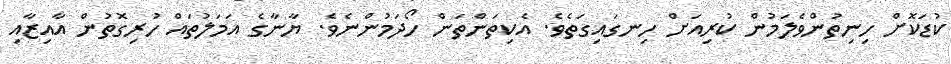
ކުޑަކޮށް ހިނިތުންވެލަމުން ކުރިއަށް ހިނގައިގަތެވެ. އެކިތަންތަން ހޯދަމުންނެވެ. ޔާނާގެ އަމަލުތައް ހުރިގޮތުން އާއިޒާއި